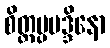
စိတ္တပ္ပမဒ္ဒိနော